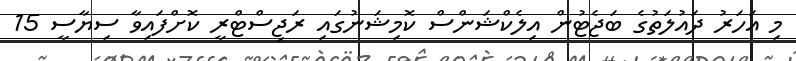
މި އަހަރު ދައުލަތުގެ ބަޖެޓުން އިލެކްޝަންސް ކޮމިޝަނުގައި ރަޖިސްޓްރީ ކޮށްފައިވާ ސިޔާސީ 15